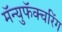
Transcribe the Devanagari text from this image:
मॅन्युफॅक्‍चरिंग